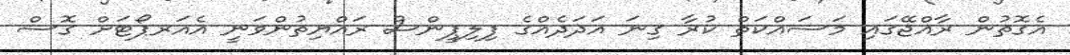
އެގޮތުން ރާއްޖޭގައި މަސައްކަތް ކުރާ ގިނަ އަދަދެއްގެ ފިލިޕީންސް ރައްޔިތުންވަނީ އެއަރޕޯޓަށް ގޮސް